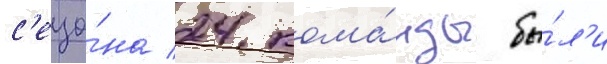
с'езо́на 24 кома́нды бы́л'и